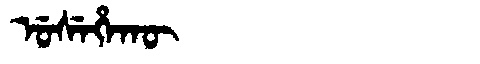
Manchu: ᡠᠰᡝᡥᠠᡴᡡ
Romanization: USEHAKŪ